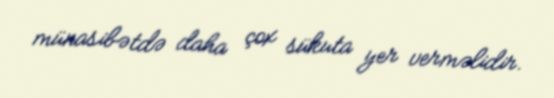
münasibətdə daha çox sükuta yer verməlidir.